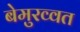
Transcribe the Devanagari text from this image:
बेमुरव्वत